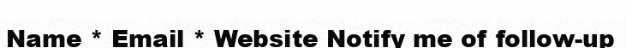
Name * Email * Website Notify me of follow-up